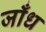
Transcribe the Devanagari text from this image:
जाँध